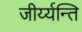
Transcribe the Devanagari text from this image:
जीर्य्यन्ति